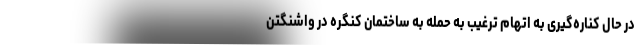
در حال کناره‌گیری به اتهام ترغیب به حمله به ساختمان کنگره در واشنگتن